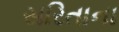
સરિતાના